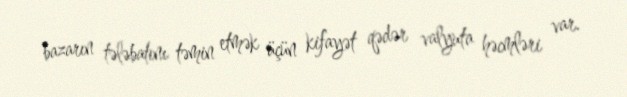
bazarın tələbatını təmin etmək üçün kifayət qədər valyuta həcmləri var.